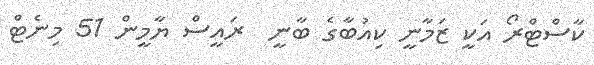
ކާސްޓްރޯ އަކީ ޒަމާނީ ކިއުބާގެ ބާނީ  ރައީސް ޔާމީން 51 މިނެޓް